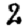
Digit: 2